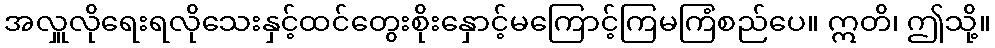
အလှူလိုရေးရလိုသေးနှင့်ထင်တွေးစိုးနှောင့်မကြောင့်ကြမကြံစည်ပေ။ ဣတိ၊ ဤသို့။